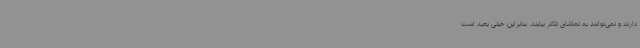
دارند و نمی‌توانند به تماشای تئاتر بیایند. بنابراین خیلی بعید است